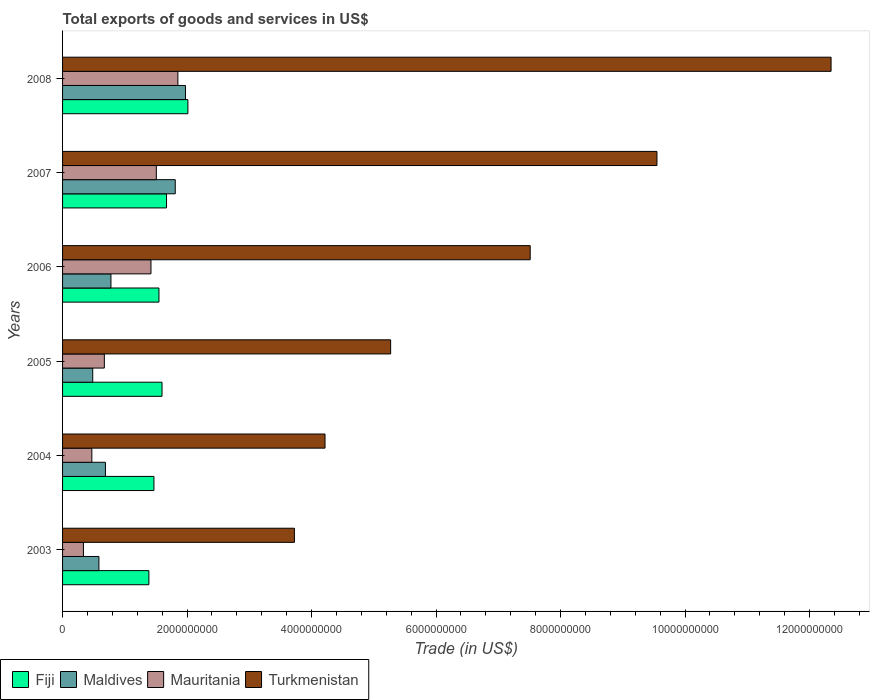
| Years | Fiji | Maldives | Mauritania | Turkmenistan |
 | --- | --- | --- | --- | --- |
 | 2003 | 1.39e+09 | 5.84e+08 | 3.35e+08 | 3.72e+09 |
 | 2004 | 1.47e+09 | 6.89e+08 | 4.7e+08 | 4.22e+09 |
 | 2005 | 1.6e+09 | 4.85e+08 | 6.71e+08 | 5.27e+09 |
 | 2006 | 1.55e+09 | 7.77e+08 | 1.42e+09 | 7.51e+09 |
 | 2007 | 1.67e+09 | 1.81e+09 | 1.51e+09 | 9.55e+09 |
 | 2008 | 2.01e+09 | 1.97e+09 | 1.85e+09 | 1.23e+10 |